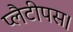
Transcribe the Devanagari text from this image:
प्लैटीपस।